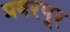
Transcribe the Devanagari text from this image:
प्रवरपूर